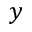
y